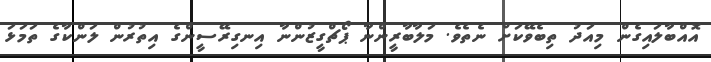
އޮއްބާލައިގެން މިއަދު ތިބެވޭކަށް ނެތެވެ. މަލާބާރީންނާ ޕޯޗްގީޒުންނާ އިނގިރޭސީންގެ އިތުރުން ލަންކާގެ ތަމަޅަ